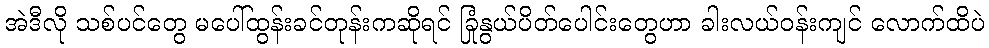
အဲဒီလို သစ်ပင်တွေ မပေါ်ထွန်းခင်တုန်းကဆိုရင် ခြုံနွယ်ပိတ်ပေါင်းတွေဟာ ခါးလယ်ဝန်းကျင် လောက်ထိပဲ